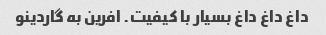
داغ داغ داغ بسیار با کیفیت. افرین به گاردینو